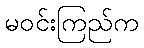
မဝင်းကြည်က